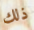
ذلك